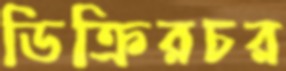
ডিক্রিরচর